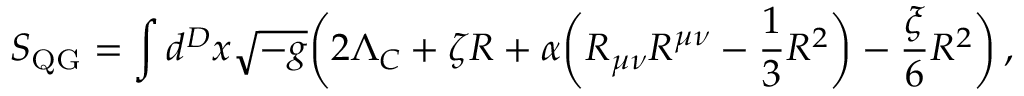
S _ { \mathrm { Q G } } = \int d ^ { D } x \sqrt { - g } \bigg ( 2 \Lambda _ { C } + \zeta R + \alpha \bigg ( R _ { \mu \nu } R ^ { \mu \nu } - \frac { 1 } { 3 } R ^ { 2 } \bigg ) - \frac { \xi } { 6 } R ^ { 2 } \bigg ) \, ,